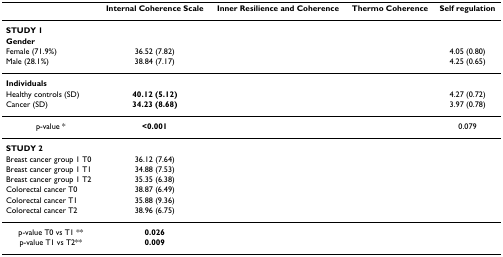
<table><thead><tr><td>[EMPTY_CELL]</td><td><b>Internal Coherence Scale</b></td><td><b>Inner Resilience and Coherence</b></td><td><b>Thermo Coherence</b></td><td><b>Self regulation</b></td></tr></thead><tbody><tr><td><b>STUDY 1</b></td><td>[EMPTY_CELL]</td><td>[EMPTY_CELL]</td><td>[EMPTY_CELL]</td><td>[EMPTY_CELL]</td></tr><tr><td><b>Gender</b></td><td>[EMPTY_CELL]</td><td>[EMPTY_CELL]</td><td>[EMPTY_CELL]</td><td>[EMPTY_CELL]</td></tr><tr><td>Female (71.9%)</td><td>36.52 (7.82)</td><td>[EMPTY_CELL]</td><td>[EMPTY_CELL]</td><td>4.05 (0.80)</td></tr><tr><td>Male (28.1%)</td><td>38.84 (7.17)</td><td>[EMPTY_CELL]</td><td>[EMPTY_CELL]</td><td>4.25 (0.65)</td></tr><tr><td><b>Individuals</b></td><td>[EMPTY_CELL]</td><td>[EMPTY_CELL]</td><td>[EMPTY_CELL]</td><td>[EMPTY_CELL]</td></tr><tr><td>Healthy controls (SD)</td><td><b>40.12 (5.12)</b></td><td>[EMPTY_CELL]</td><td>[EMPTY_CELL]</td><td>4.27 (0.72)</td></tr><tr><td>Cancer (SD)</td><td><b>34.23 (8.68)</b></td><td>[EMPTY_CELL]</td><td>[EMPTY_CELL]</td><td>3.97 (0.78)</td></tr><tr><td>p-value *</td><td><b>&lt;0.001</b></td><td>[EMPTY_CELL]</td><td>[EMPTY_CELL]</td><td>0.079</td></tr><tr><td><b>STUDY 2</b></td><td>[EMPTY_CELL]</td><td>[EMPTY_CELL]</td><td>[EMPTY_CELL]</td><td>[EMPTY_CELL]</td></tr><tr><td>Breast cancer group 1 T0</td><td>36.12 (7.64)</td><td>[EMPTY_CELL]</td><td>[EMPTY_CELL]</td><td>[EMPTY_CELL]</td></tr><tr><td>Breast cancer group 1 T1</td><td>34.88 (7.53)</td><td>[EMPTY_CELL]</td><td>[EMPTY_CELL]</td><td>[EMPTY_CELL]</td></tr><tr><td>Breast cancer group 1 T2</td><td>35.35 (6.38)</td><td>[EMPTY_CELL]</td><td>[EMPTY_CELL]</td><td>[EMPTY_CELL]</td></tr><tr><td>Colorectal cancer T0</td><td>38.87 (6.49)</td><td>[EMPTY_CELL]</td><td>[EMPTY_CELL]</td><td>[EMPTY_CELL]</td></tr><tr><td>Colorectal cancer T1</td><td>35.88 (9.36)</td><td>[EMPTY_CELL]</td><td>[EMPTY_CELL]</td><td>[EMPTY_CELL]</td></tr><tr><td>Colorectal cancer T2</td><td>38.96 (6.75)</td><td>[EMPTY_CELL]</td><td>[EMPTY_CELL]</td><td>[EMPTY_CELL]</td></tr><tr><td>p-value T0 vs T1 **</td><td><b>0.026</b></td><td>[EMPTY_CELL]</td><td>[EMPTY_CELL]</td><td>[EMPTY_CELL]</td></tr><tr><td>p-value T1 vs T2**</td><td><b>0.009</b></td><td>[EMPTY_CELL]</td><td>[EMPTY_CELL]</td><td>[EMPTY_CELL]</td></tr></tbody></table>